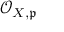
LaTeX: { \mathcal { O } } _ { X , { \mathfrak { p } } }